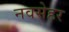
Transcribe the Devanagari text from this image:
नवसेहर